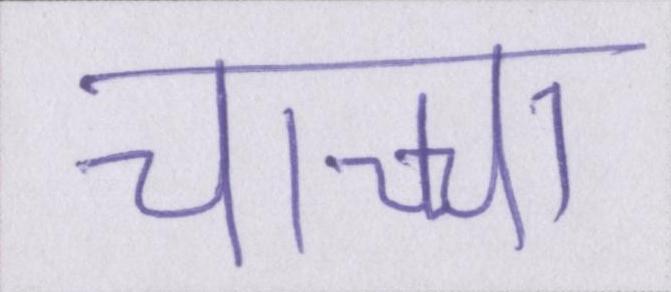
चाच्चा